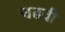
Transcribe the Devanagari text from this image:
चढवी